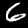
Label: 6